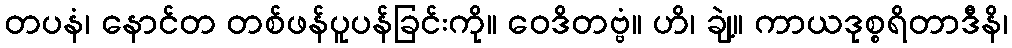
တပနံ၊ နောင်တ တစ်ဖန်ပူပန်ခြင်းကို။ ဝေဒိတဗ္ဗံ။ ဟိ၊ ချဲ့။ ကာယဒုစ္စရိတာဒီနိ၊